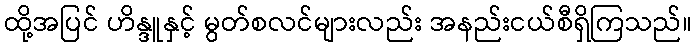
ထို့အပြင် ဟိန္ဒူနှင့် မွတ်စလင်များလည်း အနည်းငယ်စီရှိကြသည်။